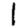
Digit: 1